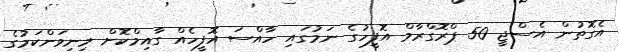
އެގޮތުން އެސްޖީ 50 ޕްރޮގްރާމް އޮފީހުގެ ނަމުގައި ހާއްސަ އޮފީހެއް ގާއިމްކޮށް މިނިވަންކަމުގެ